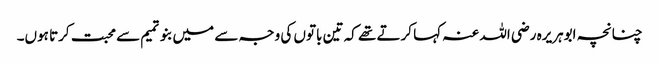
چنانچہ ابوہریرہ رضی اللہ عنہ کہا کرتے تھے کہ تین باتوں کی وجہ سے میں بنوتمیم سے محبت کرتا ہوں۔